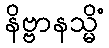
နိဗ္ဗာနသ္မိံ